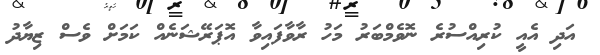
އަދި އެއީ ކުރިއްސުރެ ނޮވެމްބަރު މަހު ރާވާފައިވާ އޮޕަރޭޝަނެއް ކަމަށް ވެސް ޒިޔާދު